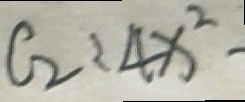
C _ { 2 } : 4 x ^ { 2 } -